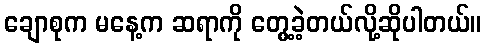
ချောစုက မနေ့က ဆရာကို တွေ့ခဲ့တယ်လို့ဆိုပါတယ်။